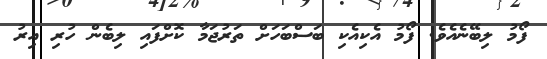
ފޯމު ލިބޭނެއެވެ. ފޯމު އެކިއެކި ބަސްބަހަށް ތަރުޖަމާ ކޮށްފައި ލިބެން ހުރި އިރު